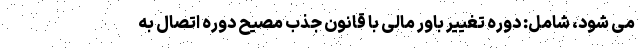
می شود، شامل: دوره تغییر باور مالی با قانون جذب مصیح دوره اتصال به